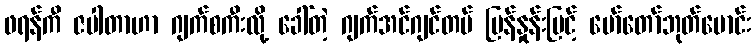
ဖရန်ကီ ဇပါတာဟာ ဂျက်စကီးလို့ ခေါ်တဲ့ ဂျက်အင်ဂျင်တပ် မြန်နှုန်းမြင့် မော်တော်ဘုတ်မောင်း